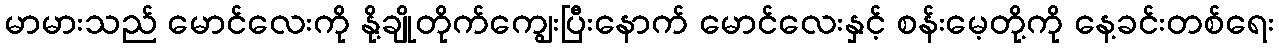
မာမားသည် မောင်လေးကို နို့ချိုတိုက်ကျွေးပြီးနောက် မောင်လေးနှင့် စန်းမေ့တို့ကို နေ့ခင်းတစ်ရေး